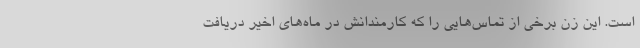
است. این زن برخی از تماس‌هایی را که کارمندانش در ماه‌های اخیر دریافت